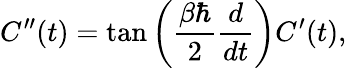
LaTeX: C^{\prime\prime}(t)=\tan\left(\frac{\beta\hbar}{2}\frac{d}{dt}\right)C^{\prime}(t),